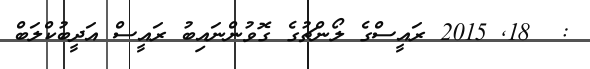
:  18